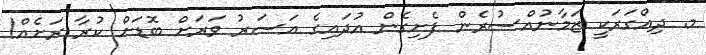
މ. ދިއްގަރަކީ ޒަމާނުއްސުރެން ފެށިގެން އުދައިގެ އަސަރު ވަރަށް ބޮޑަށް ކުރާ ރަށެއް!